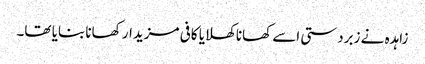
زاہدہ نے زبردستی اسے کھانا کھلایا کافی مزیدار کھانا بنایا تھا۔